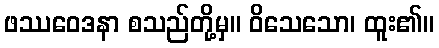
ဖဿဝေဒနာ စသည်တို့မှ။ ဝိသေသော၊ ထူး၏။